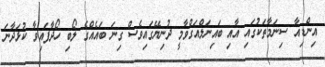
އިންޑިއާ ސިނަމާތަކުގައި އާއި ބައިނަލްއަގްވާމީ ދުނިޔޭގައިވެސް ގިނަ ބައެއްގެ ލޯބި ހޯދާފައިވާ ކުޅަދާނަ